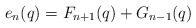
LaTeX: \begin{align*}e_n(q) = F_{n+1}(q)+G_{n-1}(q)\end{align*}